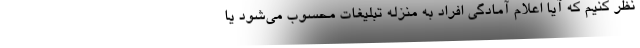
نظر کنیم که آیا اعلام آمادگی افراد به منزله تبلیغات محسوب می‌شود یا